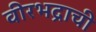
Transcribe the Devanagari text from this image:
वीरभद्राची